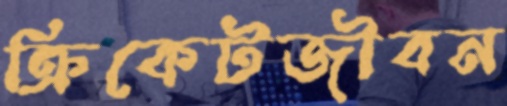
ক্রিকেটজীবন